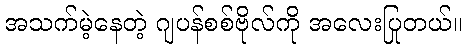
အသက်မဲ့နေတဲ့ ဂျပန်စစ်ဗိုလ်ကို အလေးပြုတယ်။